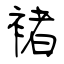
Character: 褚